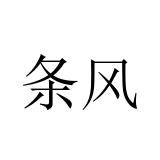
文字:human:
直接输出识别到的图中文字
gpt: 条风